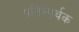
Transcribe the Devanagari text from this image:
प्रतिस्पर्थक